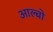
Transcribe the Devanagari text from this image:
आल्बो